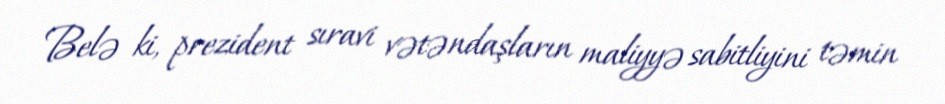
Belə ki, prezident sıravi vətəndaşların maliyyə sabitliyini təmin